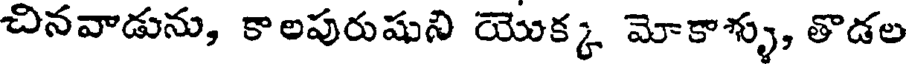
చినవాడును, కాలపురుషుని యొక్క మోకాళ్ళు, తొడల